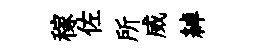
稼佐所威綽